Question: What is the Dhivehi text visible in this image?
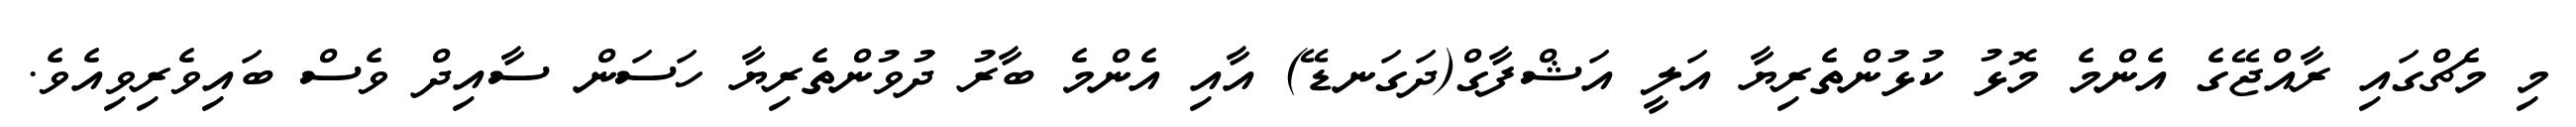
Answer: މި މެޗްގައި ރާއްޖޭގެ އެންމެ މޮޅު ކުޅުންތެރިޔާ އަލީ އަޝްފާގް(ދަގަނޑޭ) އާއި އެންމެ ބާރު ދުވުންތެރިޔާ ހަސަން ސާއިދް ވެސް ބައިވެރިވިއެވެ.